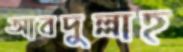
আবদুল্লাহ